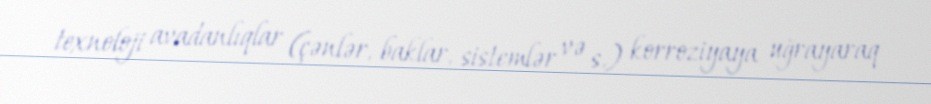
texnoloji avadanlıqlar (çənlər, baklar, sistemlər və s.) korroziyaya uğrayaraq